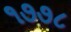
૧૭૭૮